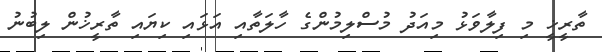
ތާރީޚީ މި ފިލާވަޅު މިއަދު މުސްލިމުންގެ ހާލަތާއި އަޅައި ކިޔައި ތާރީޚުން ލިބުނު